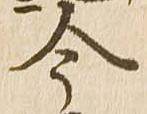
今